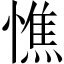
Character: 憔